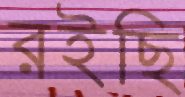
রইছি